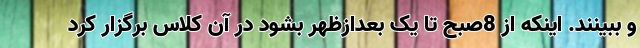
و ببینند. اینکه از 8صبح تا یک بعدازظهر بشود در آن کلاس برگزار کرد